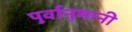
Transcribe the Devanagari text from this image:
पुर्वानुमानी